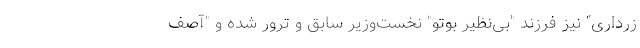
زرداری" نیز فرزند "بی‌نظیر بوتو" نخست‌وزیر سابق و ترور شده و "آصف